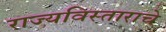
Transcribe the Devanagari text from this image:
राज्यविस्ताराचे